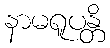
နာမရူပန္တိ